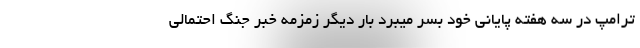
ترامپ در سه هفته پایانی خود بسر میبرد بار دیگر زمزمه خبر جنگ احتمالی